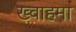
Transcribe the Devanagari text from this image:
ख्वाहमा